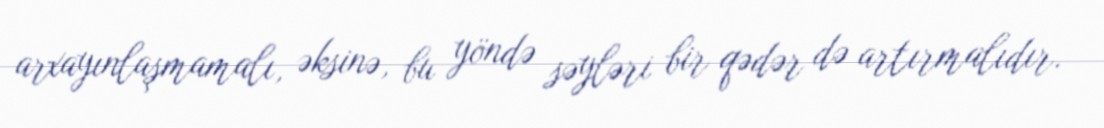
arxayınlaşmamalı, əksinə, bu yöndə səyləri bir qədər də artırmalıdır.